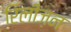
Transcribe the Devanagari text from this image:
रिलीज़न